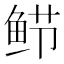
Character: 𬶎